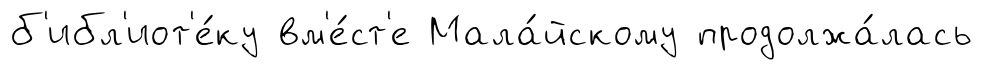
б'ибл'иот'е́ку вм'е́ст'е Мала́йскому продолжа́лась